Lunatic asylums Bombay report 1891-1903 - 1891-1903
Year: 1891
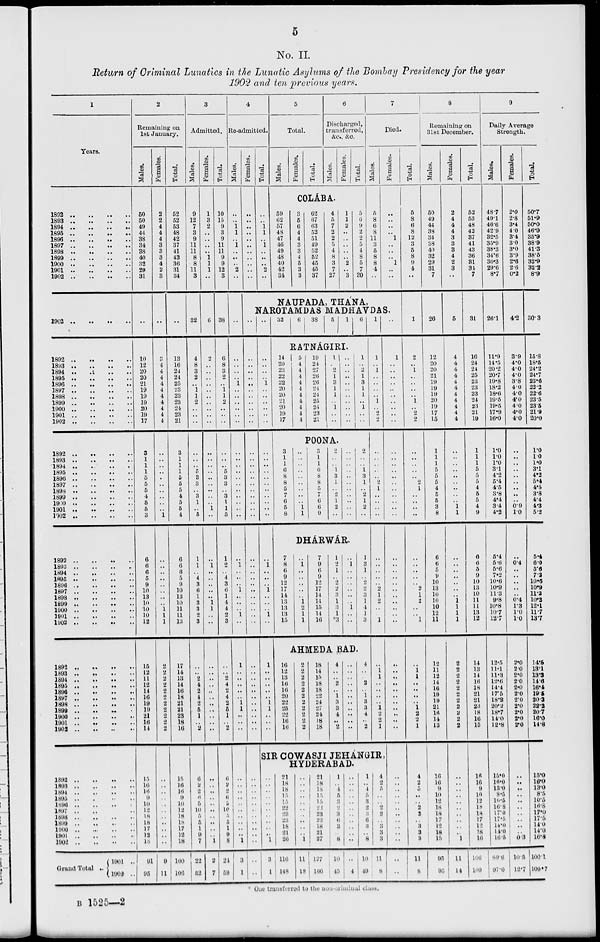
5
No. II.
Return of Criminal Lunatics in the Lunatic Asylums of the Bombay Presidency for the year
1902 and ten previous years.
1
Years.
1892 .. .. .. ..
1893 .. .. .. ..
1894 .. .. .. ..
1895 .. .. .. ..
1896 .. .. .. ..
1897 .. .. .. ..
1898 .. .. .. ..
1899 .. .. .. ..
1900 .. .. .. ..
1901 .. .. .. ..
1902 .. .. .. ..
1902 .. .. .. ..
1892 .. .. .. ..
1893 .. .. .. ..
1894 .. .. .. ..
1895 .. .. .. ..
1896 .. .. .. ..
1897 .. .. .. ..
1898 .. .. .. ..
1899 .. .. .. ..
1900 .. .. .. ..
1901 .. .. .. ..
1902 .. .. .. ..
1892 .. .. .. ..
1893 .. .. .. ..
1894 .. .. .. ..
1895 .. .. .. ..
1896 .. .. .. ..
1897 .. .. .. ..
1898 .. .. .. ..
1899 .. .. .. ..
1900 .. .. .. ..
1901 .. .. .. ..
1902 .. .. .. ..
1892 .. .. .. ..
1893 .. .. .. ..
1894 .. .. .. ..
1895 .. .. .. ..
1896 .. .. .. ..
1897 .. .. .. ..
1898 .. .. .. ..
1899 .. .. .. ..
1900 .. .. .. ..
1901 .. .. .. ..
1902 .. .. .. ..
1892 .. .. .. ..
1893 .. .. .. ..
1894 .. .. .. ..
1895 .. .. .. ..
1896 .. .. .. ..
1897 .. .. .. ..
1898 .. .. .. ..
1899 .. .. .. ..
1900 .. .. .. ..
1901 .. .. .. ..
1902 .. .. .. ..
1892 .. .. .. ..
1893 .. .. .. ..
1894 .. .. .. ..
1895 .. .. .. ..
1896 .. .. .. ..
1897 .. .. .. ..
1898 .. .. .. ..
1899 .. .. .. ..
1900 .. .. .. ..
1901 .. .. .. ..
1902 .. .. .. ..
Grand Total ..
1901
..
1902 ..
2
Remaining on
1st January.
Males.
50
50
49
44
38
34
38
40
32
29
31
..
10
12
20
20
21
19
19
19
20
19
17
3
1
1
1
5
5
5
4
5
5
3
6
6
6
5
9
10
13
10
10
10
12
15
12
11
12
14
16
19
19
21
16
14
15
16
16
9
10
12
18
18
17
12
18
91
95
Females.
2
2
4
4
4
3
3
3
4
2
3
..
3
4
4
4
4
4
4
4
4
4
4
..
..
..
..
..
..
..
..
..
..
1
..
..
..
..
..
..
..
..
1
1
1
2
2
2
2
2
2
2
2
2
2
2
..
..
..
..
..
..
..
..
..
..
..
9
11
Total.
52
52
53
48
42
37
41
43
36
31
34
..
13
16
24
24
25
23
23
23
24
23
21
3
1
1
1
5
5
5
4
5
5
4
6
6
6
5
9
10
13
10
11
11
13
17
14
13
14
16
18
21
21
23
18
16
15
16
16
9
10
12
18
18
17
12
18
100
106
3
Admitted.
Males.
9
12
7
3
9
11
11
8
8
11
3
32
4
8
3
2
..
1
1
2
..
..
..
..
..
..
5
3
3
..
3
1
..
5
1
1
..
4
3
6
1
3
3
2
3
..
..
2
4
2
4
2
5
1
..
2
6
2
2
6
5
10
5
5
1
9
7
22
52
Females.
1
3
2
..
..
..
..
1
1
1
..
6
2
..
..
..
..
..
..
..
..
..
..
..
..
..
..
..
..
..
..
..
1
..
..
1
..
..
..
..
..
1
1
..
..
..
..
..
..
..
..
..
..
..
..
..
..
..
..
..
..
..
..
..
..
..
1
2
7
Total.
10
15
9
3
9
11
11
9
9
12
3
38
6
8
3
2
..
1
1
2
..
..
..
..
..
..
5
3
3
..
3
1
1
5
1
2
..
4
3
6
1
4
4
2
3
..
..
2
4
2
4
2
5
1
..
2
6
2
2
6
5
10
..
5
1
9
8
24
59
4
Re-admitted.
Males.
..
..
1
1
..
1
..
..
..
2
..
..
..
..
..
..
1
..
..
..
..
..
..
..
..
..
..
..
..
..
..
..
..
..
..
..
1
..
..
..
l
..
..
..
1
..
1
..
..
..
..
..
1
1
..
..
..
..
..
..
..
..
..
..
..
..
..
1
3
1
Females.
..
..
..
..
..
..
..
..
..
..
..
Total.
..
..
1
1
..
1
..
..
..
2
..
5
Total.
Males.
Females.
Total.
6
Discharged,
transferred,
&c., &c.
Males.
Females.
Total.
COLÁBA.
59
62
57
48
47
46
49
48
40
42
34
3
5
6
4
4
3
3
4
5
3
3
62
67
63
52
51
49
52
52
45
45
37
4
5
7
2
2
5
4
8
3
7
27
1
1
2
..
..
..
..
..
2
..
3
5
6
9
2
2
5
4
8
5
7
30
7
Died.
Males.
5
8
6
8
11
3
5
8
8
4
..
Females.
..
..
..
..
1
..
..
..
1
..
..
NAUPADA, THANA,
NAROTAMDAS MADHAVDAS.
..
..
..
..
..
..
..
..
..
..
..
..
..
..
..
..
..
..
..
..
..
..
..
..
..
..
..
..
..
..
..
..
..
..
..
..
..
..
..
..
..
..
..
..
..
..
..
..
..
..
..
..
..
..
..
..
..
..
..
..
..
..
..
..
1
..
..
..
..
..
..
..
..
..
..
..
..
..
..
..
..
..
..
..
1
..
..
..
1
..
..
..
1
..
1
..
..
..
..
..
l
1
..
..
..
32
6
38
5 1 6
1
RATNÁGIRI.
14
20
23
22
22
20
20
21
20
19
17
5
4
4
4
4
4
4
4
4
4
4
19
24
27
26
26
24
24
25
24
23
21
1
..
2
1
3
1
1
..
1
..
..
..
..
..
..
..
..
..
..
..
..
..
1
..
2
1
3
1
1
..
1
..
..
POONA.
3
1
1
6
8
8
5
7
6
5
8
..
..
..
..
..
..
..
..
..
1
1
3
1
1
6
8
8
5
7
6
6
9
2
..
..
1
3
1
..
2
1
2
..
..
..
..
..
..
..
..
..
..
..
..
2
..
..
1
3
1
..
2
1
2
..
DHÁRWÁR.
7
8
6
9
12
17
14
13
13
13
15
..
1
..
..
..
..
..
1
2
1
1
7
9
6
9
12
17
14
14
15
14
16
1
2
1
..
2
2
3
1
3
1
*3
..
1
..
..
..
..
..
..
1
..
..
1
3
1
..
2
2
3
1
4
1
3
AHMEDA BAD.
16
12
13
16
16
20
22
25
22
16
16
2
2
2
2
2
2
2
2
2
2
2
18
14
15
18
18
22
24
27
24
18
18
4
..
..
2
..
1
3
3
4
..
2
..
..
..
..
..
..
..
..
..
..
..
4
..
..
2
..
1
3
3
4
..
2
1
..
1
..
..
..
..
1
..
2
2
..
..
..
..
..
2
1
..
..
..
..
..
..
..
..
..
2
1
2
..
..
1
..
1
1
..
..
..
..
1
2
2
1
SIR COWASJI JEHANGIR,
HYDERABAD.
..
..
..
..
..
..
..
..
..
..
1
3
1
21
18
18
15
15
22
23
23
18
21
26
116
148
..
..
..
..
..
..
..
..
..
..
1
11
18
21
18
18
15
15
22
23
23
18
21
27
127
166
1
..
4
5
3
2
3
6
3
..
8
10
45
..
..
..
..
..
..
..
..
..
..
..
..
4
1
..
4
5
3
2
3
6
3
..
8
10
49
4
2
5
..
..
2
2
..
3
3
3
11
8
..
1
..
..
..
..
..
..
..
..
..
..
..
..
..
..
..
..
..
..
..
..
..
..
..
..
..
..
..
..
..
..
..
..
..
..
..
..
..
..
..
..
..
..
..
..
..
..
..
..
..
..
..
..
..
..
..
..
Total.
5
8
6
8
12
3
5
8
9
4
..
1
2
..
1
1
..
2
..
..
..
..
..
..
2
1
..
..
..
..
..
..
..
..
2
1
2
..
1
..
1
1
..
..
..
..
1
2
2
1
4
2
5
..
..
2
2
..
3
3
3
11
8
8
Remaining on
31st December.
Males.
50
49
44
38
34
38
40
32
29
31
7
26
12
20
20
21
19
19
19
20
19
17
15
1
1
1
5
5
5
4
5
5
3
8
6
6
5
9
10
13
10
10
10
12
11
12
11
12
14
16
19
19
21
16
14
13
16
16
9
10
12
18
18
17
12
18
15
93
95
Females.
2
4
4
4
3
3
3
4
2
3
..
5
4
4
4
4
4
4
4
4
4
4
4
..
..
..
..
..
..
..
..
..
1
1
..
..
..
..
..
..
..
1
1
1
1
2
2
2
2
2
2
2
2
2
2
2
..
..
..
..
..
..
..
..
..
..
1
11
14
Total.
52
53
48
42
37
41
43
36
31
31
7
31
16
24
24
25
23
23
23
24
23
21
19
1
1
1
5
5
5
4
5
5
4
9
6
6
5
9
10
13
10
11
11
13
12
14
13
14
16
18
21
21
23
18
16
15
16
16
9
10
12
18
18
17
12
18
10
106
109
9
Daily Average
Strength.
Males.
48.7
49.1
46.6
429
32.5
35.9
38.3
34.6
30.3
29.6
8.7
26.1
11.9
14.5
20.2
20.7
19.8
18.2
18.6
19.5
19.5
17.9
16.0
1.0
1.0
1.0
3.1
4.2
5.4
4.5
3.8
4.4
3.4
4.2
5.4
5.6
5.6
7.2
10.6
10.9
11.3
9.8
10.8
10.7
12.7
12.5
11.1
11.3
12.6
14.4
17.5
18.8
20.2
18.7
14.0
12.8
15.0
16.0
13.0
8.5
10.5
16.8
17.0
17.5
14.0
14.0
16.5
89.6
97.0
Females.
2.0
2.8
3.4
4.0
3.4
3.0
3.0
3.9
2.6
2.6
0.2
4.2
3.9
4.0
4.0
4.0
3.8
4.0
4.0
4.0
4.0
4.0
4.0
..
..
..
..
..
..
..
..
..
0.9
1.0
..
0.4 ..
..
..
..
..
0.4
1.3
1.0
1.0
2.0
2.0
2.0
2.0
2.0
2.0
2.0
2.0
2.0
2.0
2.0
..
..
..
..
..
..
..
..
..
..
0.3
10.5
12.7
Total.
50.7
51.9
50.0
46.9
35.9
38.9
41.3
38.5
32.9
32.3
8.9
30.3
15.8
18.5
24.2
24.7
23.6
22.2
22.6
23.5
23.5
21.9
20.0
1.0
1.0
1.0
3.1
4.2
5.4
4.5
3.8
4.4
4.3
5.2
5.4
6.0
5.6
7.2
10.6
10.9
11.3
10.2
12.1
11.7
13.7
14.5
13.1
13.3
14.6
16.4
19.5
20.3
22.2
20.7
16.0
14.8
15.0
16.0
13.0
8.5
10.5
16.8
17.0
17.5
14.0
14.0
16.8
100.1
109.7
* One transferred to the non-crminal class.
B 1525—2